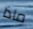
ماذا